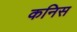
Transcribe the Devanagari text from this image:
कनिस